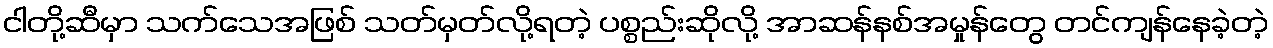
ငါတို့ဆီမှာ သက်သေအဖြစ် သတ်မှတ်လို့ရတဲ့ ပစ္စည်းဆိုလို့ အာဆန်နစ်အမှုန်တွေ တင်ကျန်နေခဲ့တဲ့